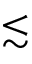
\lesssim